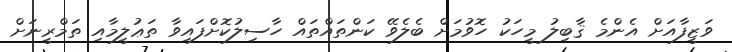
ވަޒީފާއަށް އެންމެ ޤާބިލު މީހަކު ހޮވުމަށް ބެލެވޭ ކަންތައްތައް ހާސިލުކޮށްފައިވާ ތަޢުލީމާއި ތަމްރީނަށް